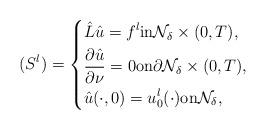
LaTeX: \begin{align*}(S^l) = \left\{\begin{aligned}&\hat{L} \hat{u} = f^l \textnormal{in} \mathcal{N}_\delta \times (0,T),\\& \frac{\partial \hat{u}}{\partial \nu} = 0 \textnormal{on} \partial \mathcal{N}_\delta \times (0,T),\\& \hat{u}(\cdot,0) = u^l_0 (\cdot) \textnormal{on} \mathcal{N}_\delta,\end{aligned}\right.\end{align*}